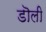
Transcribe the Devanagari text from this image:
डॊली